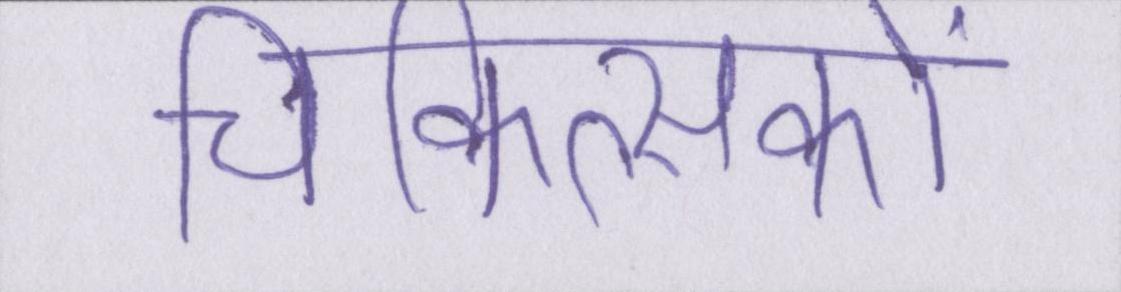
चिकित्सकों